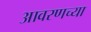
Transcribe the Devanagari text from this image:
आवरणच्या